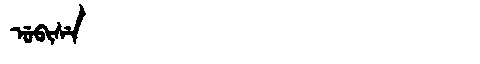
Manchu: ᡠᠪᡳᠰᡝ
Romanization: UBISE